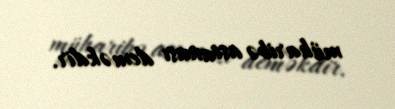
müharibə astanası deməkdir.